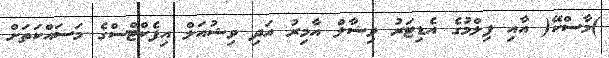
)މާސްކޭ( އާއި ފިލްމުގެ އެޑިޓަރު ވިޝާލް އާމިރު އަދި ވިޝުއަލް އިފެކްޓްސްގެ މަސައްކަތަށް